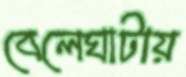
বেলেঘাটায়